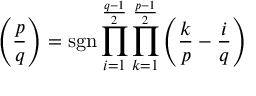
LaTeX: \left( { \frac { p } { q } } \right) = \operatorname { s g n } \prod _ { i = 1 } ^ { \frac { q - 1 } { 2 } } \prod _ { k = 1 } ^ { \frac { p - 1 } { 2 } } \left( { \frac { k } { p } } - { \frac { i } { q } } \right)